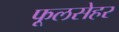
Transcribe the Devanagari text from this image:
फूलसेहर